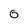
Character: 0